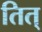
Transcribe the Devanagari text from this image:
तित्